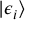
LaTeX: | \epsilon _ { i } \rangle